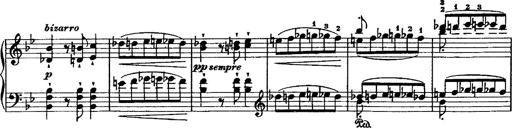
Title: Grande valse di bravura
Composer: Franz Liszt